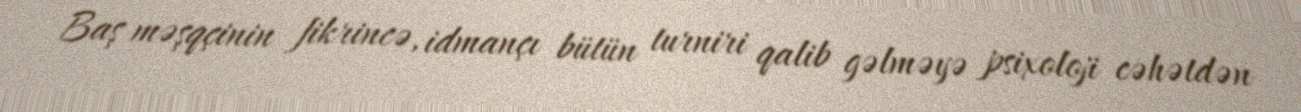
Baş məşqçinin fikrincə, idmançı bütün turniri qalib gəlməyə psixoloji cəhətdən